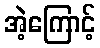
အဲ့ကြောင့်